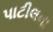
પાટીલના